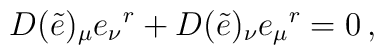
D(\tilde e)_{\mu} e_{\nu}{}^r + D(\tilde e)_{\nu} e_{\mu}{}^r = 0\, ,